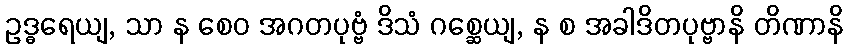
ဥဒ္ဓရေယျ, သာ န စေဝ အဂတပုဗ္ဗံ ဒိသံ ဂစ္ဆေယျ, န စ အခါဒိတပုဗ္ဗာနိ တိဏာနိ